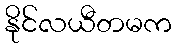
နိုင်လယီတမက